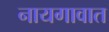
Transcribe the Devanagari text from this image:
नायगावात